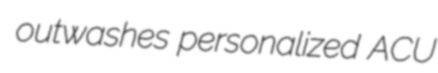
outwashes personalized ACU